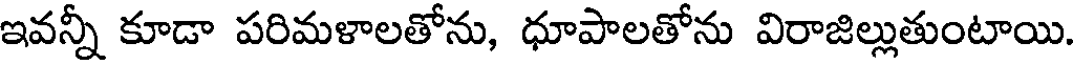
ఇవన్నీ కూడా పరిమళాలతోను, ధూపాలతోను విరాజిల్లుతుంటాయి.